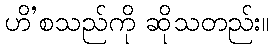
ဟိ’စသည်ကို ဆိုသတည်း။